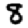
Digit: 8